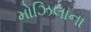
મોઝિલાના